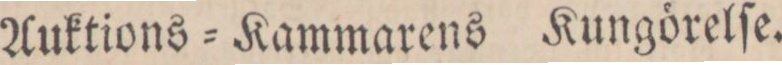
Auktions-Kammarens Kungörelſe.